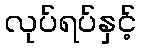
လုပ်ရပ်နှင့်